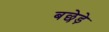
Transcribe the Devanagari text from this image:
बछेड़े